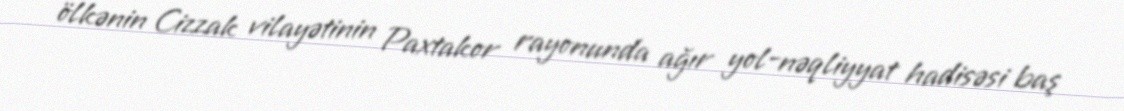
ölkənin Cizzak vilayətinin Paxtakor rayonunda ağır yol-nəqliyyat hadisəsi baş